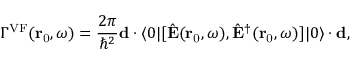
\Gamma ^ { \mathrm { V F } } ( { \bf r } _ { \mathrm { 0 } } , \omega ) = \frac { 2 \pi } { \hbar ^ { 2 } } \mathbf { d } \cdot \langle 0 | [ \hat { \mathbf { E } } ( \mathbf { r } _ { \mathrm { 0 } } , \omega _ { \mathrm { } } ) , \hat { \mathbf { E } } ^ { \dagger } ( \mathbf { r } _ { \mathrm { 0 } } , \omega _ { \mathrm { } } ) ] | 0 \rangle \cdot \mathbf { d } ,